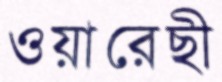
ওয়ারেছী